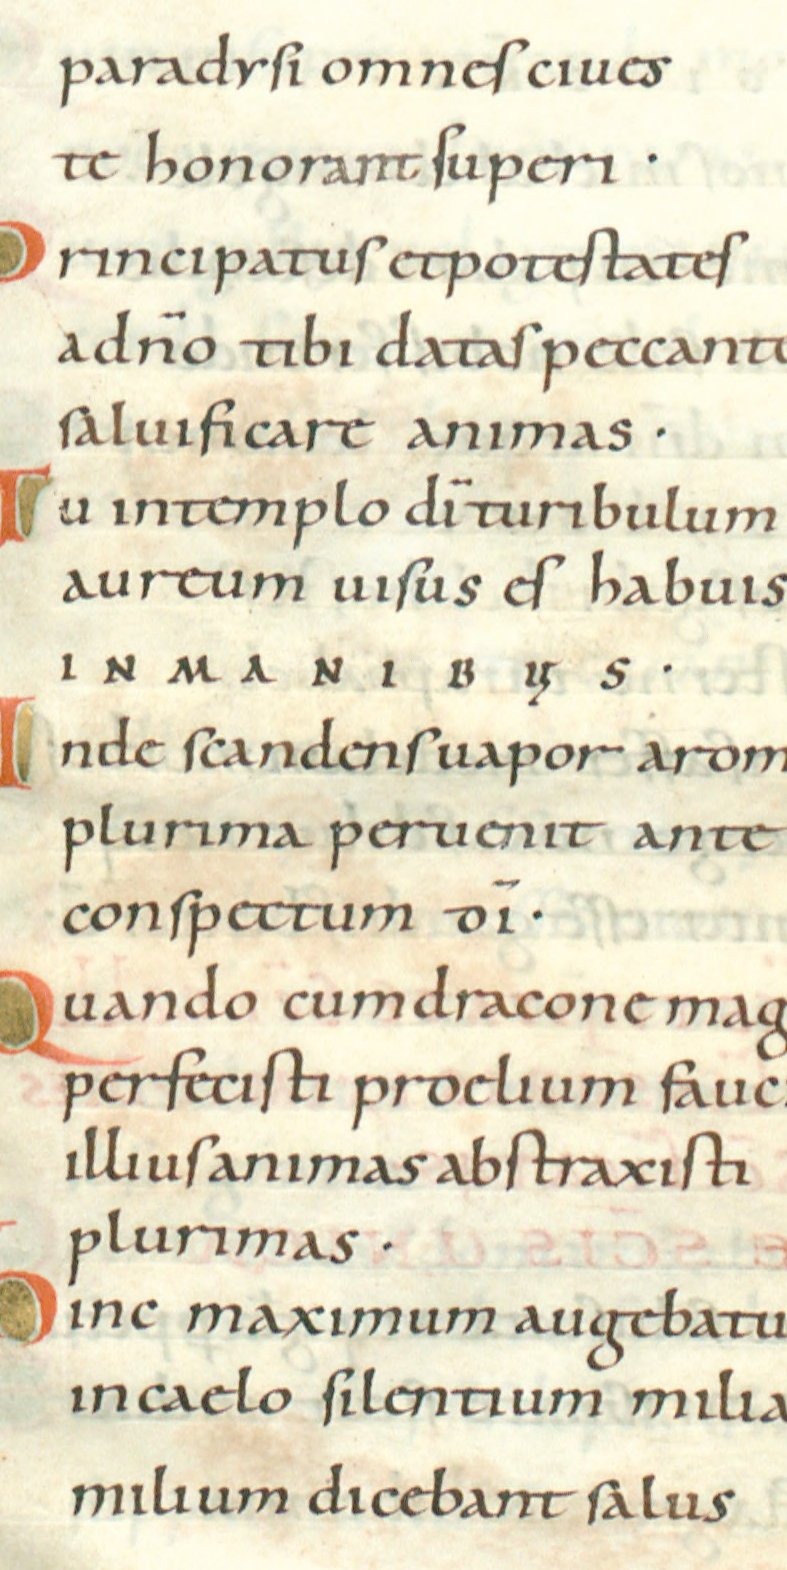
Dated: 1024–1027